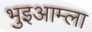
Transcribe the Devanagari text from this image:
भुइआम्ला